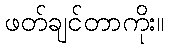
ဖတ်ချင်တာကိုး။